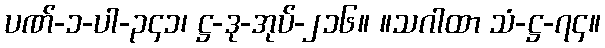
ပဏ်-၁-ပါ-၃၄၁၊ ဋ္ဌ-ဒု-အုပ်-၂၁၆။ ။သဂါထာ သံ-ဋ္ဌ-၇၄။